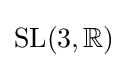
{\rm {SL}}(3,\mathbb {R} )